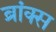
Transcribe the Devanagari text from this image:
ब्रांक्स